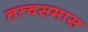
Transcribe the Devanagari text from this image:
तत्वसमास